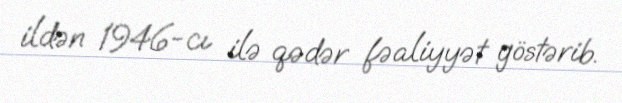
ildən 1946-cı ilə qədər fəaliyyət göstərib.